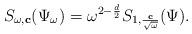
LaTeX: \begin{align*}S_{\omega,\mathbf{c}}(\Psi_{\omega})=\omega^{2-\frac{d}{2}}S_{1,\frac{\mathbf{c}}{\sqrt{\omega}}}(\Psi). \end{align*}